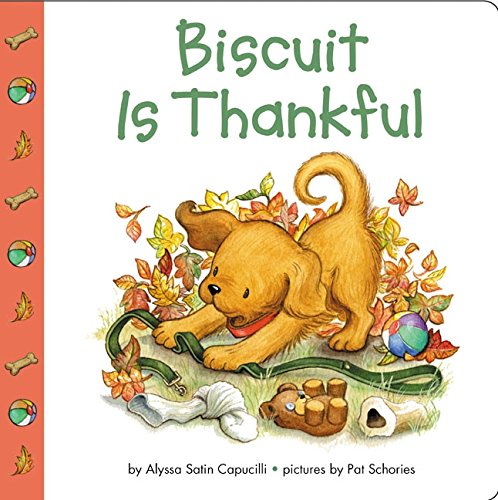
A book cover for Biscuit Is Thankful; Alyssa Satin Capucilli; Children's Books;